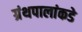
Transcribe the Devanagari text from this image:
ग्रंथपालांकडे